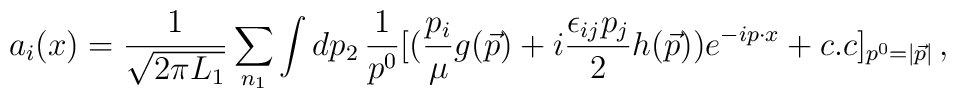
a_i(x) ={1 \over \sqrt {2\pi L_1 }}\sum_{n_1 }\int d p_2\,{1 \over { p^0}}[ ( {p_i \over \mu} g(\vec p)+ i{\epsilon_{ij} p_j \over 2  } h (\vec p))e^{-ip\cdot x}+ c.c]_{p^0 = |\vec p|}\,,